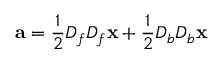
{ \bf a } = \frac { 1 } { 2 } D _ { f } D _ { f } { \bf x } + \frac { 1 } { 2 } D _ { b } D _ { b } { \bf x }